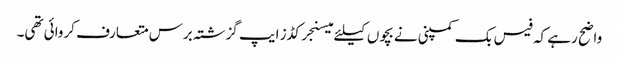
واضح رہے کہ فیس بک کمپنی نے بچوں کیلئے میسنجر کڈز ایپ گزشتہ برس متعارف کروائی تھی۔